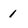
Character: 1